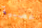
عصبية